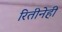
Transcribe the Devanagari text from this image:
रितीनेही